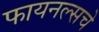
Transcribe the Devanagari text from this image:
फायनल्सचे